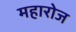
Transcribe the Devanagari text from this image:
महारोज